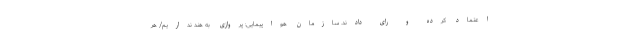
اعتماد کرده و رای دادند. سازمان هواپیمایی: پروازی به هند نداریم/ هر